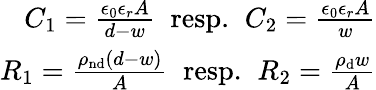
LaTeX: \begin{array}{r}{C_{1}=\frac{\epsilon_{0}\epsilon_{r}A}{d-w}\; \; \mathrm{resp.}\; \; C_{2}=\frac{\epsilon_{0}\epsilon_{r}A}{w}}\\ {R_{1}=\frac{\rho_{\mathrm{nd}}(d-w)}{A}\; \; \mathrm{resp.}\; \; R_{2}=\frac{\rho_{\mathrm{d}}w}{A}}\end{array}